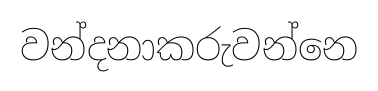
වන්දනාකරුවන්නෙ